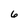
Character: 6